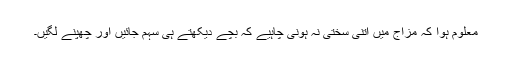
معلوم ہوا کہ مزاج میں اتنی سختی نہ ہونی چاہیے کہ بچے دیکھتے ہی سہم جائیں اور چھپنے لگیں۔